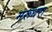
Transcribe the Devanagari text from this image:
मरूधरा